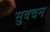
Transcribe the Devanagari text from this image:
सुवचन